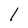
Character: l